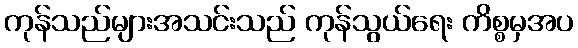
ကုန်သည်များအသင်းသည် ကုန်သွယ်ရေး ကိစ္စမှအပ